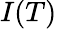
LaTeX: I(T)